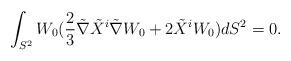
LaTeX: \begin{align*}\int_{S^2} W_0(\frac{2}{3}\tilde{\nabla} \tilde {X}^i\tilde{\nabla}W_0+2\tilde {X}^iW_0) dS^2= 0.\end{align*}